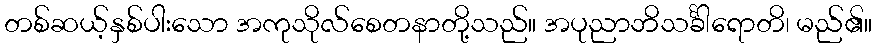
တစ်ဆယ့်နှစ်ပါးသော အကုသိုလ်စေတနာတို့သည်။ အပုညာဘိသင်္ခါရောတိ၊ မည်၏။